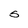
Character: S